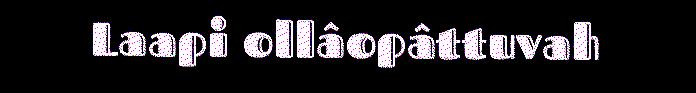
Laapi ollâopâttuvah